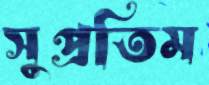
সুপ্রতিম